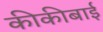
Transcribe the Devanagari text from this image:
कीकीबाई